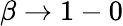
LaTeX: \beta\to 1-0